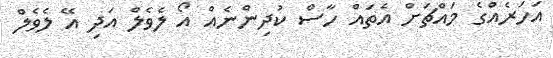
އަހަރެއްގެ މައްޗަށް އެތައް ހާސް ކުދިންނެއް އޯ ލެވެލް އަދި އޭ ލެވެލް